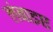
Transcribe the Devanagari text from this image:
लंबाइए